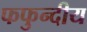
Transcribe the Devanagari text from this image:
फफुन्दीय